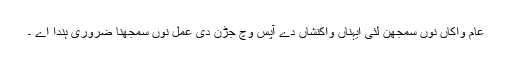
عام واکاں نوں سمجھن لئی ایہناں واکنشاں دے آپس وچ جڑن دی عمل نوں سمجھنا ضروری ہندا اے ۔